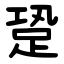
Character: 跫